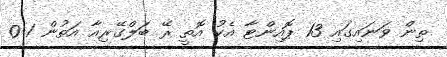
ތިން ވަނައިގައި 13 ޕޮއިންޓާ އެކު އޮތީ ރޭ ބަލްގޭރިއާ އަތުން 1-0